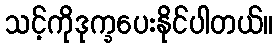
သင့်ကိုဒုက္ခပေးနိုင်ပါတယ်။